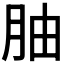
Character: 𫆚